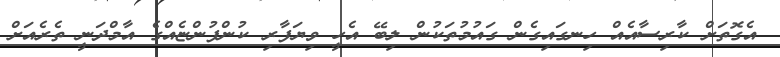
އެގޮތަށް ކާރިސާއެއް ހިނގައިގެން ގައުމުތަކުން ލިބޭ އެހީ ވިޔަފާރި ކުންފުންޏެއްގެ އާމްދަނީ ތެރެއަށް